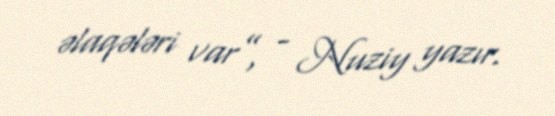
əlaqələri var”, - Nuziy yazır.